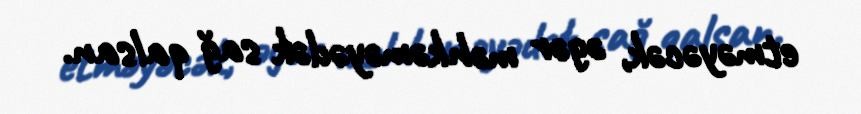
etməyəcək, əgər məhkəməyədək sağ qalsan.